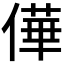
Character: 𠎑